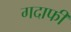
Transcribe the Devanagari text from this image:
गदाफी